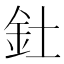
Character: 釷